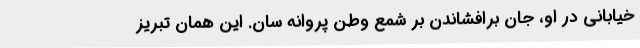
خیابانی در او، جان برافشاندن بر شمع وطن پروانه سان. این همان تبریز